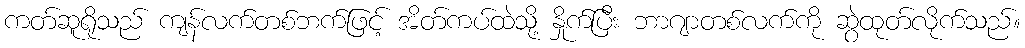
ကတ်ဆူရိုသည် ကျန်လက်တစ်ဘက်ဖြင့် အိတ်ကပ်ထဲသို့ နှိုက်ပြီး ဘာဂျာတစ်လက်ကို ဆွဲထုတ်လိုက်သည်။